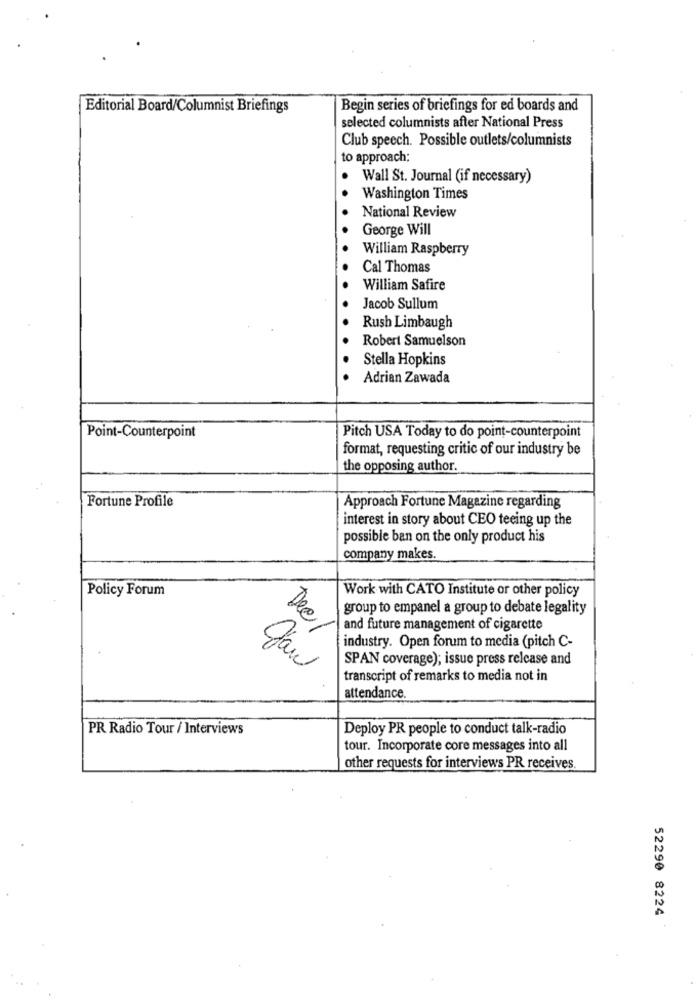
Editorial Board/Columnist Briefings
Begin series of briefings for ed boards and
selected columnists after National Press
Club speech. Possible outlets/columnists
to approach;
Wall St. Journal (if necessary)
Washington Times
National Review
George Will
William Raspberry
Cal Thomas
William Safire
Jacob Sullum
Rush Limbaugh
Robert Samuelson
Stella Hopkins
Adrian Zawada
Point-Counterpoint
Pitch USA Today to do point-counterpoint
format, requesting critic of our industry be
the opposing author.
Fortune Profile
Approach Fortune Magazine regarding
interest in story about CEO teeing up the
possible ban on the only product his
company makes.
Policy Forum
Work with CATO Institute or other policy
group to empanel a group to debate legality
Dec
and future management of cigarette
industry. Open forum to media (pitch C-
SPAN coverage); issue press release and
transcript of remarks to media not in
attendance
PR Radio Tour / Interviews
Deploy PR people to conduct talk-radio
tour. Incorporate core messages into all
other requests for interviews PR receives.
52290 8224